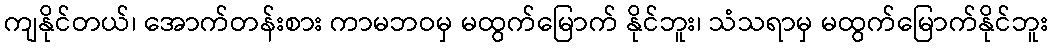
ကျနိုင်တယ်၊ အောက်တန်းစား ကာမဘဝမှ မထွက်မြောက် နိုင်ဘူး၊ သံသရာမှ မထွက်မြောက်နိုင်ဘူး